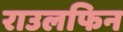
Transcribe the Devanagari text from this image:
राउलफिन